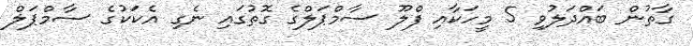
ގާތުން ބައްދަލުވި 5 މީހަކާއި ފްލޫ ސާމްޕަލްގެ ގޮތުގައި ނެގި އެކަކުގެ ސާމްޕަލް